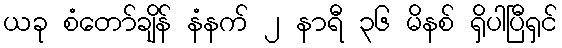
ယခု စံတော်ချိန် နံနက် ၂ နာရီ ၃၆ မိနစ် ရှိပါပြီရှင်